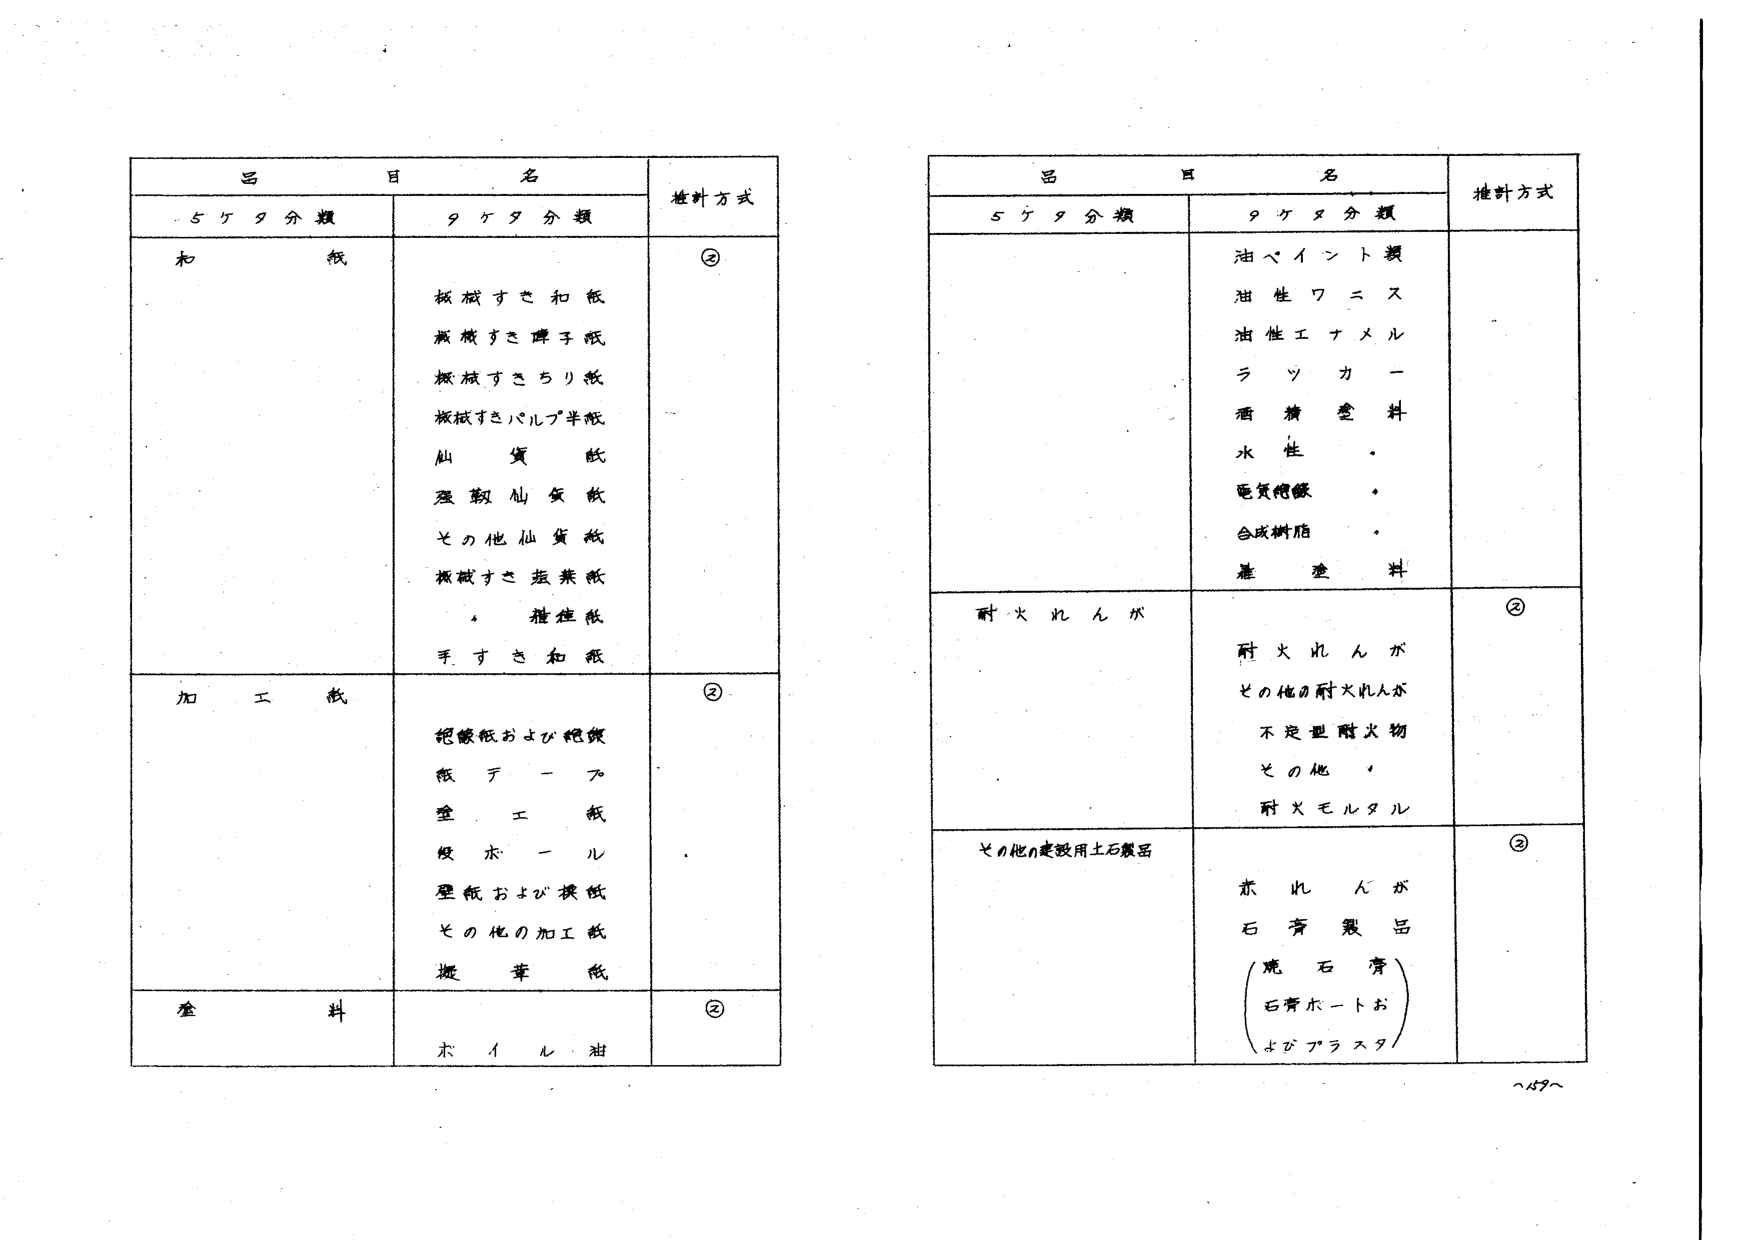
品目名
5ケタ分類
9ケタ分類
推計方式
和紙
板紙すき和紙
板紙すき障子紙
板紙すきちり紙
板紙すきバルブ半紙
仙貨紙
浸漬仙貨紙
その他仙貨紙
板紙すき塩業紙
・糖産紙
手すき和紙
②
加工紙
絶縁紙および絶縁
紙テープ
塗工紙
吸水ール
壁紙および模紙
その他の加工紙
漿葉紙
②
塗料
ホイル油
②
品目名
5ケタ分類
9ケタ分類
推計方式
油ペイント類
油性ワニス
油性エナメル
ラッカー
酒精塗料
水性・
電気塗装
合成樹脂
・
塗料
耐火れんが
耐火れんが
その他の耐火れんが
不定型耐火物
その他
耐火モルタル
②
その他の建設用土石製品
赤れんが
石膏製品
（焼石膏）
（石膏ボードおよびプラスチック）
②
～157～